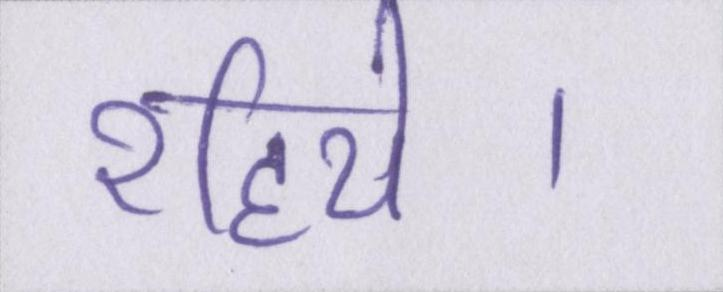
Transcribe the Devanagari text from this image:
रहिये।